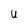
Character: U